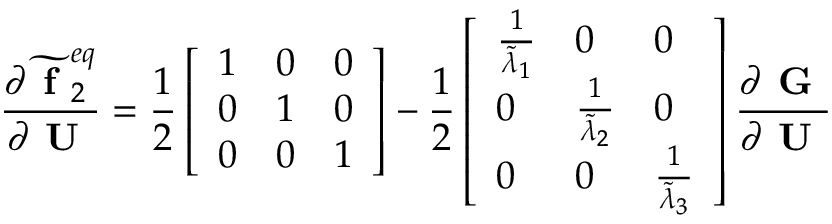
\frac { \partial \widetilde { \textbf { f } } _ { 2 } ^ { e q } } { \partial \textbf { U } } = \frac { 1 } { 2 } \left[ \begin{array} { l l l } { 1 } & { 0 } & { 0 } \\ { 0 } & { 1 } & { 0 } \\ { 0 } & { 0 } & { 1 } \end{array} \right] - \frac { 1 } { 2 } \left[ \begin{array} { l l l } { \frac { 1 } { \widetilde { \lambda } _ { 1 } } } & { 0 } & { 0 } \\ { 0 } & { \frac { 1 } { \widetilde { \lambda } _ { 2 } } } & { 0 } \\ { 0 } & { 0 } & { \frac { 1 } { \widetilde { \lambda } _ { 3 } } } \end{array} \right] \frac { \partial \textbf { G } } { \partial \textbf { U } }